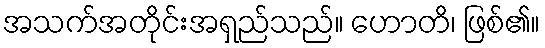
အသက်အတိုင်းအရှည်သည်။ ဟောတိ၊ ဖြစ်၏။